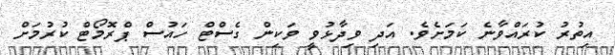
އިތުރު ކުރައްވާނެ ކަމަށެވެ. އަދި ވިދާޅުވީ ވަކިން ގެސްޓް ހައުސް ޕްރޮމޯޓް ކުރުމަށް